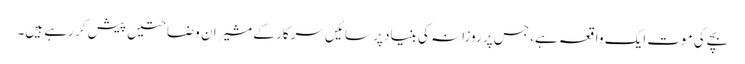
بچے کی موت ایک واقعہ ہے، جس پر روزانہ کی بنیاد پر سائیں سرکار کے مشیران وضاحتیں پیش کر رہے ہیں۔